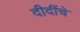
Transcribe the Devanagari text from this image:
दीदींचे